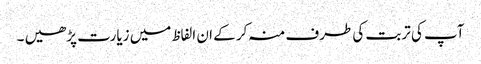
آپ کی تربت کی طرف منہ کر کے ان الفاظ میں زیارت پڑھیں ۔